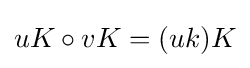
uK\circ vK=(uk)K